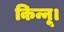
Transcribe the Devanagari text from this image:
किन्नू।